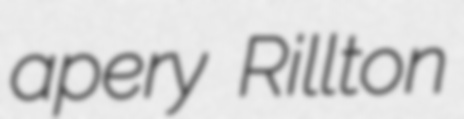
apery Rillton